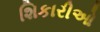
શિકારીઓ